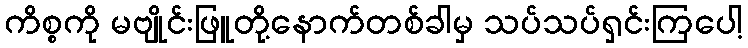
ကိစ္စကို မဗျိုင်းဖြူတို့နောက်တစ်ခါမှ သပ်သပ်ရှင်းကြပေါ့